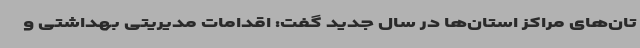
تان‌های مراکز استان‌ها در سال جدید گفت: اقدامات مدیریتی بهداشتی و